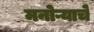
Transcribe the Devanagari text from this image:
मनोऱ्याचे